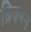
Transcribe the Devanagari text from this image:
ब्रिक्मन